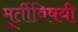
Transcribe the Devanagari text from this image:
मूर्तीविषयी